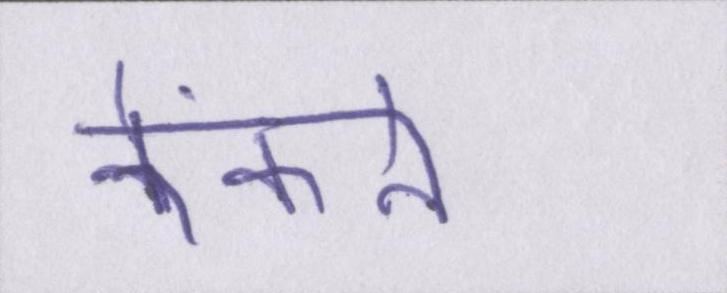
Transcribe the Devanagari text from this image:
फेंकने